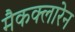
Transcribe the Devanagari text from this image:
मैकक्लारेन